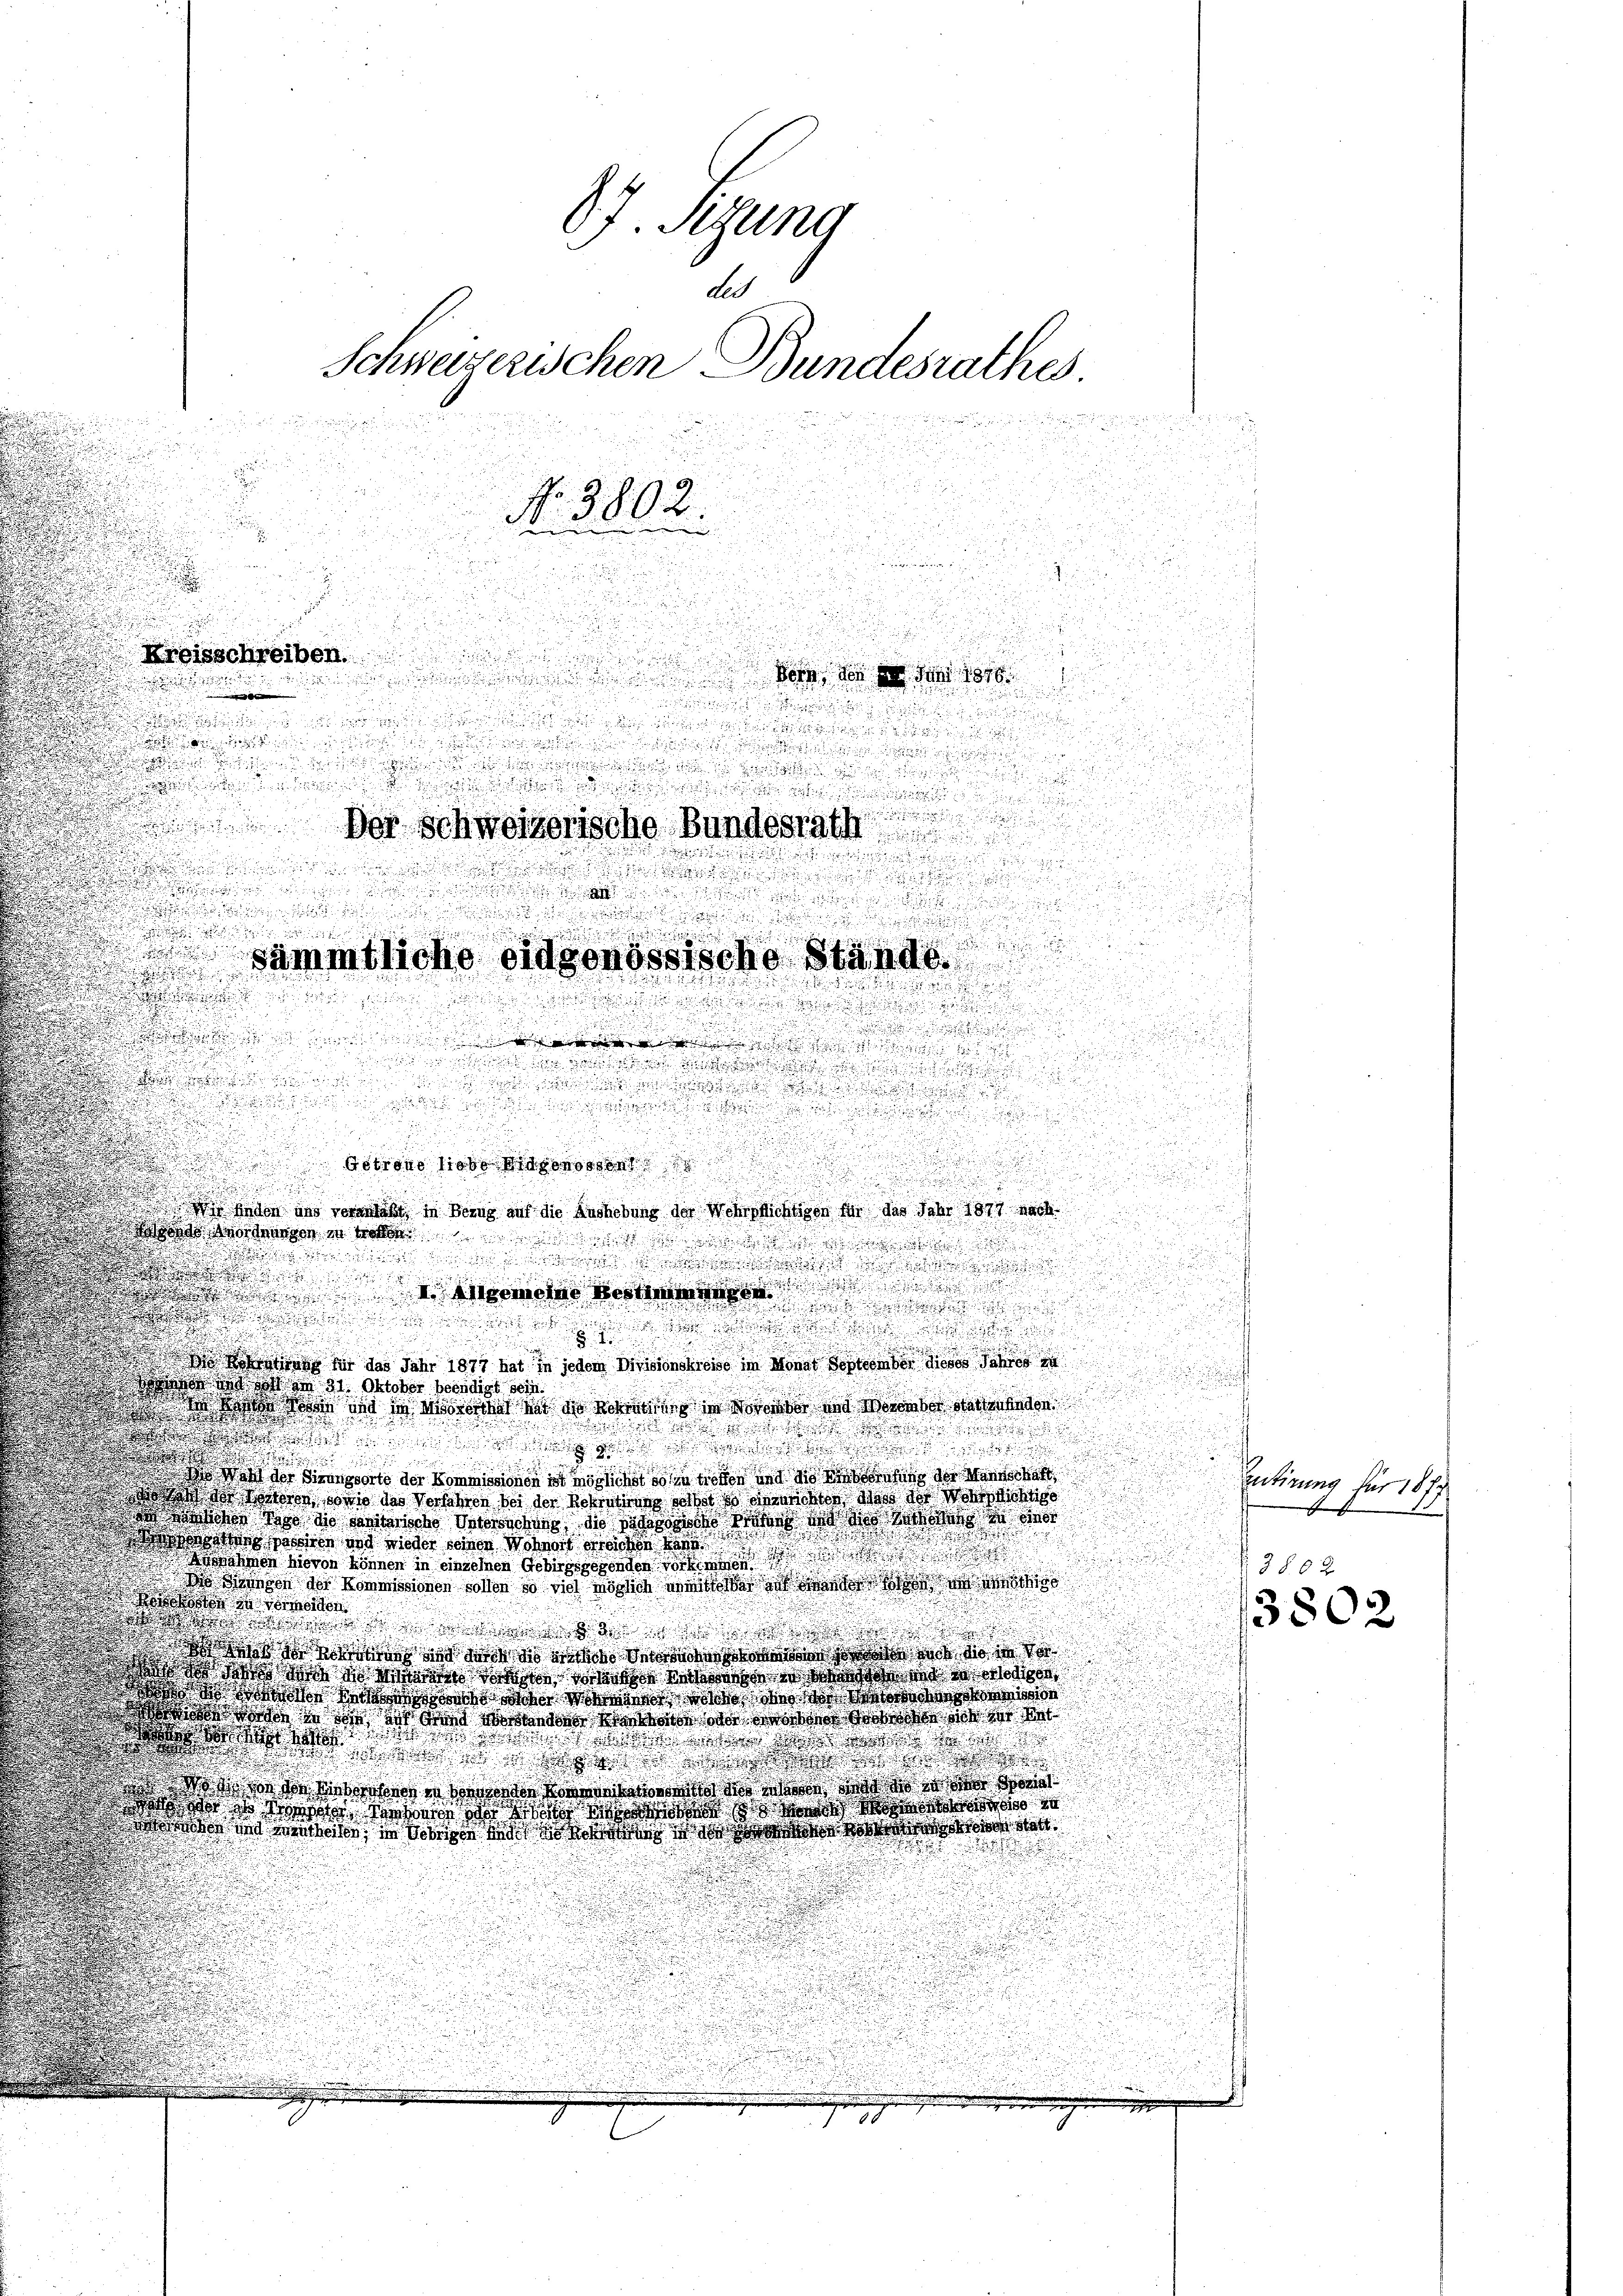
Schweizerischen Bundesrathes.
N. 3802.
.

87. Sitzung
de

Kreisschreiben.
Bot, den 1. d. 1876
d

.

n

F
u

n

n

 mit mit d
.

e er
in un
n
.

e
s
.
 ihnen der die
¬

u

n

u
n

Getrono liebe eidgenossen
s

.

d
 anden uns veranlaßt, in Bezug auf die Aushebung der Wehrpflichtigen für das Jahr 1877 nach
d
a ed im weise wiede

wol de

i
.

u

 Wertung für das Jahr 1877 hat in jedem Visionskreise im Monat September dieses Jahres en
arvon und wohl am 31. Oktober beendigt sein.
a das so das da dis den an des namens de so wenn denender

t!!! Wie ges
h
das Watt der Franzsorte der Kommissionen ist möglichst sohn geben und die Konsung der Mannerhalt
 der Vororce socio das Vorsitzer der der Rekruten sonst so nichten dass der Wohlichtige
 schon ob die dische Interschon die so wird die des den in ein
.
.

ates possen und wieder seinen Wohnort erachen kann
unahmen hievon können in einen Gebirgsgesonder vor ich
D diesen der Kommissionen sollen so viel möglich mit de
 zu vermeiden
n
dn der die
o   die die an des auch die in de
 s h i non so wie er da er origen
 le die d

  die Bitte war, wo er so hat
.
.
d
 w
dr das der habe d
se der bis in B sie war es in d

ade de land die so da de

Der schweizerische Bundesrath
.

e

sämmtliche eidgenössische Stände

e

putirung der 18 f
menschen
380 x

3802